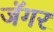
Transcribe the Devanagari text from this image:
जॅगर